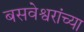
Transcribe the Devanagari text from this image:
बसवेश्वरांच्या